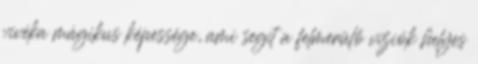
vivéka mágikus képessége, ami segít a felmerülő víziók helyes